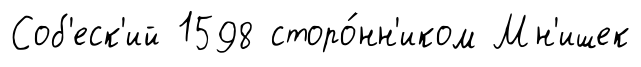
Соб'еск'ий 1598 сторо́нн'иком Мн'ишек